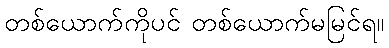
တစ်ယောက်ကိုပင် တစ်ယောက်မမြင်ရ။